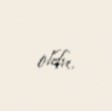
oldu.